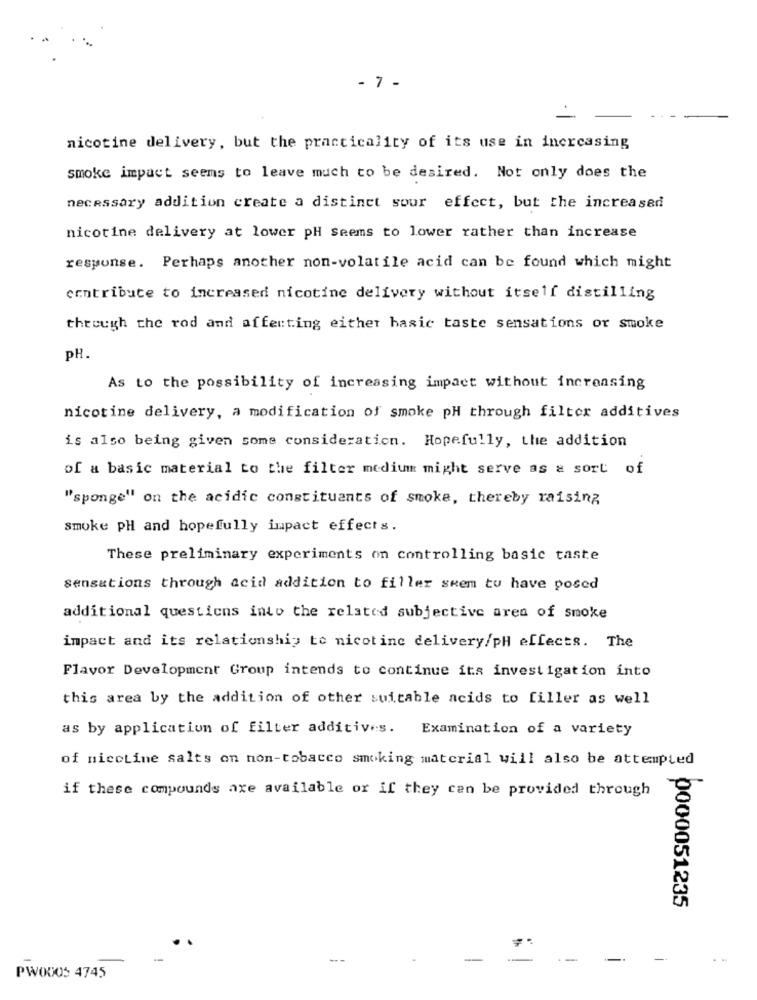
- 7 -
nicotine delivery, but the practicality of its use in inercasing
smoke impact seems to leave much to be desired. Not only does the
necessary addition create a distinct sour effect, but the increased
nicotine delivery at lower pH seems to lower rather than increase
response. Perhaps another non-volatile acid can be found which might
contribute to increased nicotine delivery without itself distilling
through the rod and affecting either basic taste sensations or smoke
PH.
As to the possibility of increasing impact without increasing
nicotine delivery, a modification of smoke pH through filter additives
is also being given some consideration. Hopefully, the addition
of a basic material to the filter medium might serve as & sort of
"sponge" on the acidic constituants of smoke, thereby raising
smoke pH and hopefully impact effects.
These preliminary experiments on controlling basic taste
sensations through acid addition to filler seem to have posed
additional questions into the related subjective area of smoke
impact and its relationship to nicotine delivery/pH effects. The
Flavor Development Group intends to continue its investigation into
this area by the addition of other suitable acids to filler as well
as by application of filter additives.
Examination of a variety
of nicotine salts on non-tobacco smoking material will also be attempted
if these compounds axe available or if they can be provided through
0000051235
-
-
PWOUOS 4745